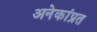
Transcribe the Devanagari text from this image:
अनेकांप्रत